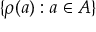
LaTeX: \{ \rho ( a ) : a \in A \}